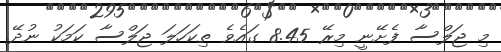
މި ޖަލްސާ ފެށޭނީ މިރޭ 8.45 ގައެވެ ތިކަހަލަ ޖަލްސާ ކަމަކު ނުދޭ.